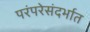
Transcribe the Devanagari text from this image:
परंपरेसंदर्भात